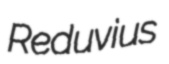
Reduvius